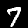
Digit: 7